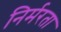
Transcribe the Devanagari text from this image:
निर्मरता